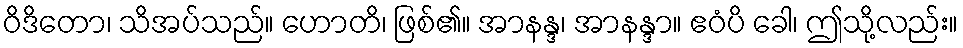
ဝိဒိတော၊ သိအပ်သည်။ ဟောတိ၊ ဖြစ်၏။ အာနန္ဒ၊ အာနန္ဒာ။ ဧဝံပိ ခေါ၊ ဤသို့လည်း။